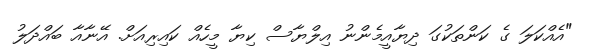
"އެއްކަލަ ގެ ކަންތަކުގަ ދިޔާއީމެންނު އިލްޔާސް ކިޔާ މީހެއް ކައިރިއަށް. އޭނާއާ ބައްދަލު